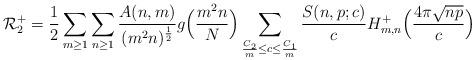
LaTeX: \begin{align*}\mathcal{R}^+_2 = \frac{1}{2} \sum_{m \geq 1} \sum_{n \geq 1} \frac{A(n, m)}{(m^2 n)^{\frac{1}{2}}} g\Bigl( \frac{m^2 n}{N} \Bigr) \sum_{\frac{C_2}{m} \leq c \leq \frac{C_1}{m}} \frac{S(n, p; c)}{c} H_{m, n}^+ \Bigl( \frac{4 \pi \sqrt{n p}}{c} \Bigr)\end{align*}